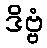
ဒိဗ္ဗံ